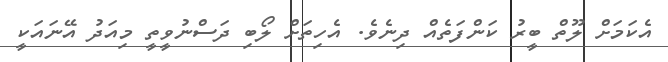
އެކަމަށް ލޫތް ބީރު ކަންފަތެއް ދިނެވެ. އެހިތަށް ލޯބި ދަސްނުވީތީ މިއަދު އޭނައަކީ